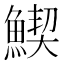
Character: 䱮